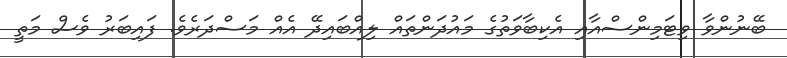
ބޭނުންވާ ވިޓަމިންސްއާއި އެކިބާވަތުގެ މައުދަންތައް ލިއްބައިދޭ އެއް މަސްދަރެވެ. ފައިބަރު ވެސް މަތީ